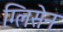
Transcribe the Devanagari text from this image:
ग्लिसेन